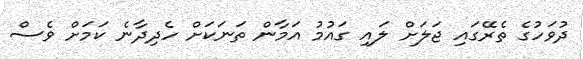
ދުވަހުގެ ތެރޭގައި ޖަލަށް ލައި ގައުމު އަމާން ތަނަކަށް ހެދިދާނެ ކަމަށް ވެސް